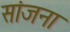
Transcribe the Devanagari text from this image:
सांजना